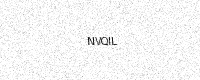
Text: NVQIL